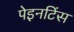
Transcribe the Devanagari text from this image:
पेइनटिंस